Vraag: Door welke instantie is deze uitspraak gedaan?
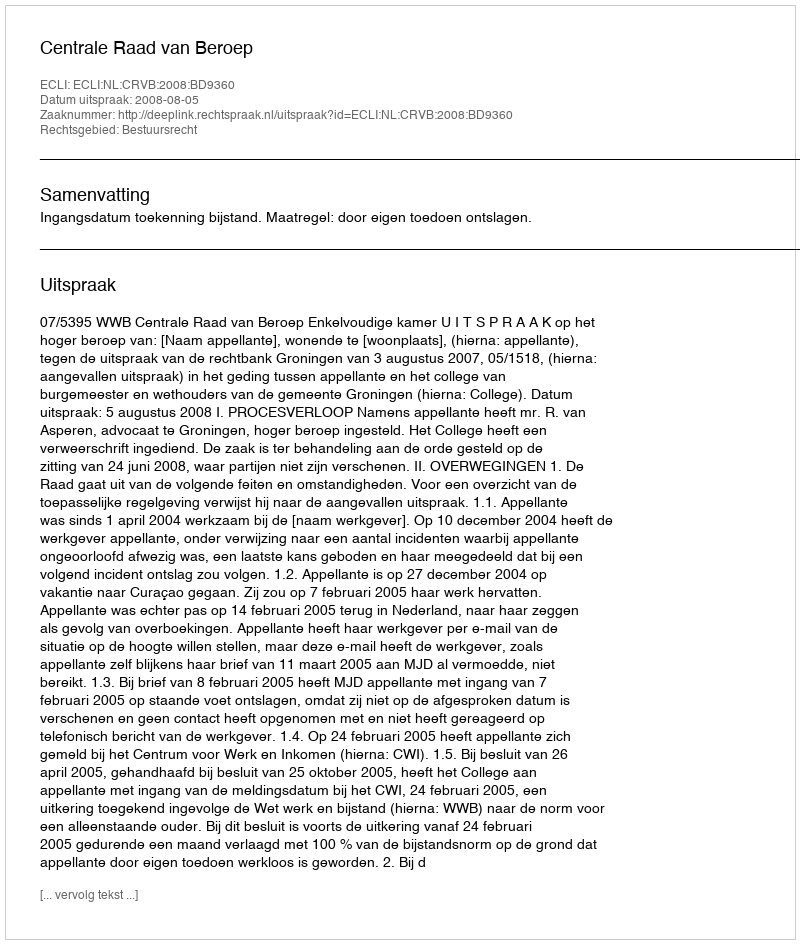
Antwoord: Centrale Raad van Beroep